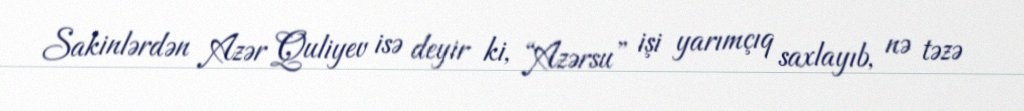
Sakinlərdən Azər Quliyev isə deyir ki, “Azərsu” işi yarımçıq saxlayıb, nə təzə